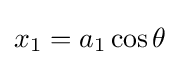
x_{1}=a_{1}\cos \theta